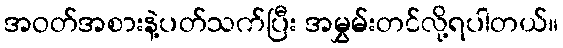
အဝတ်အစားနဲ့ပတ်သက်ပြီး အမွှမ်းတင်လို့ရပါတယ်။